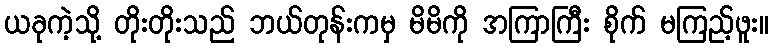
ယခုကဲ့သို့ တိုးတိုးသည် ဘယ်တုန်းကမှ မိမိကို အကြာကြီး စိုက် မကြည့်ဖူး။